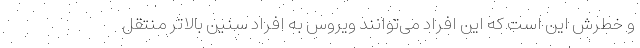
و خطرش این است که این افراد می‌توانند ویروس به افراد سنین بالاتر منتقل